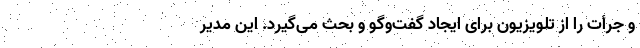
و جرأت را از تلویزیون برای ایجاد گفت‌وگو و بحث می‌گیرد. این مدیر